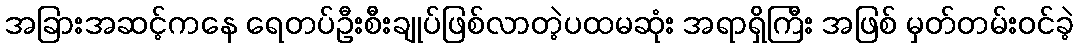
အခြားအဆင့်ကနေ ရေတပ်ဦးစီးချုပ်ဖြစ်လာတဲ့ပထမဆုံး အရာရှိကြီး အဖြစ် မှတ်တမ်းဝင်ခဲ့